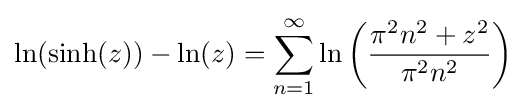
\ln(\sinh(z))-\ln(z)=\sum _{n=1}^{\infty }\ln \left({\frac {\pi ^{2}n^{2}+z^{2}}{\pi ^{2}n^{2}}}\right)